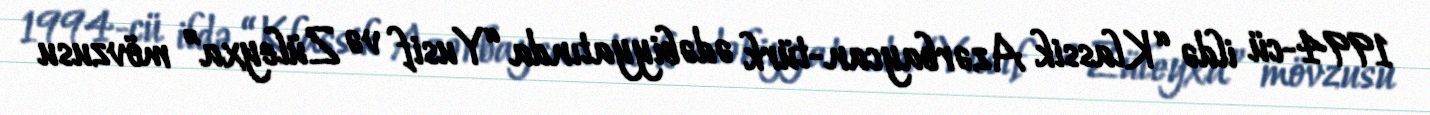
1994-cü ildə “Klassik Azərbaycan-türk ədəbiyyatında “Yusif və Züleyxa” mövzusu